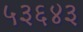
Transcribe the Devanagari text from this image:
५३६४३